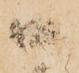
口